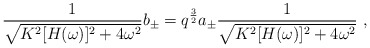
\begin{align*}{1\over\sqrt{K^2[H(\omega)]^2+4\omega^2}}b_\pm=q^{3\over2} a_\pm{1\over\sqrt{K^2[H(\omega)]^2+4\omega^2}}\ , \end{align*}